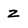
Character: Z